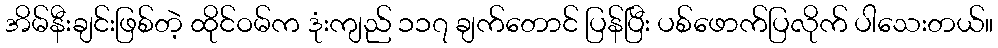
အိမ်နီးချင်းဖြစ်တဲ့ ထိုင်ဝမ်က ဒုံးကျည် ၁၁၇ ချက်တောင် ပြန်ပြီး ပစ်ဖောက်ပြလိုက် ပါသေးတယ်။